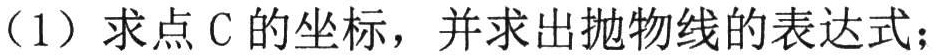
（1）求点\(C\)的坐标，并求出抛物线的表达式；